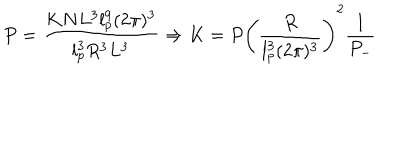
LaTeX: P = \frac { K N L ^ { 3 } l _ { p } ^ { 9 } ( 2 \pi ) ^ { 3 } } { l _ { p } ^ { 3 } R ^ { 3 } L ^ { 3 } } \Rightarrow K = P \left( \frac { R } { l _ { p } ^ { 3 } ( 2 \pi ) ^ { 3 } } \right) ^ { 2 } \frac { 1 } { P _ { - } }